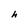
Character: h